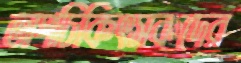
অপচিকিৎসকদের